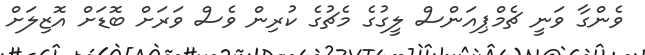
ވެންގާ ވަނީ ޗެމްޕިއަންސް ލީގުގެ މެޗުގެ ކުރިން ވެސް ވަރަށް ބޮޑަށް އޮޒިލަށް